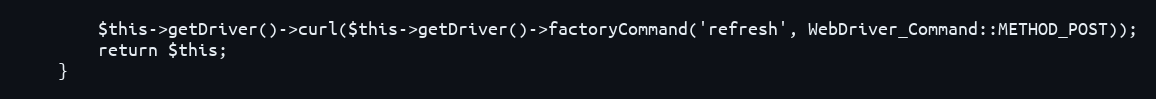
Language: PHP
        $this->getDriver()->curl($this->getDriver()->factoryCommand('refresh', WebDriver_Command::METHOD_POST));
        return $this;
    }